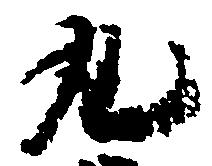
丸